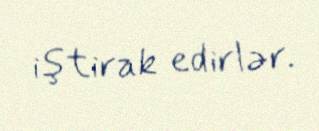
iştirak edirlər.